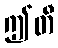
ဤတီ